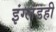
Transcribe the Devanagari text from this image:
इंग्लंडही